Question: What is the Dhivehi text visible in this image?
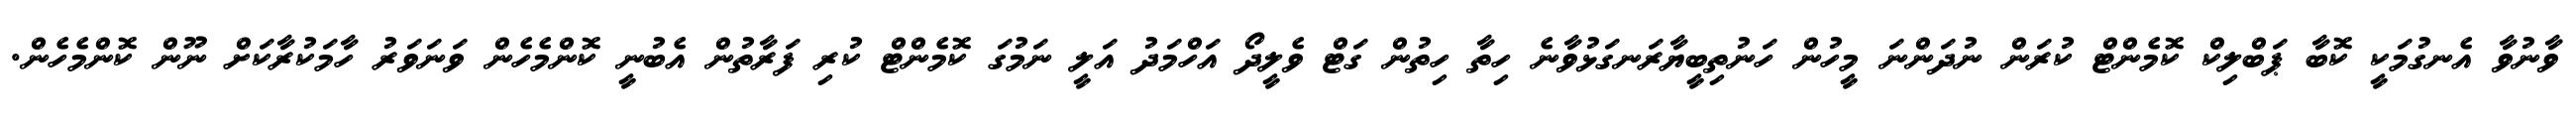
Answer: ވާނުވާ އެނގުމަކީ ކޮބާ ޕަބްލިކް ކޮމެންޓް ކުރަން ނުދަންނަ މީހުން ހަނުތިބީޔާރަނގަޅުވާނެ ހިތާ ހިތުން ގަޓް ވެލީދޯ އަހްމަދު އަލީ ނަމުގަ ކޮމެންޓް ކުރި ފަރާތުން އެބުނީ ކޮންމެހެން ވަނަވަރު ހާމަކުރާކަށް ނޫން ކޮންމެހެން.